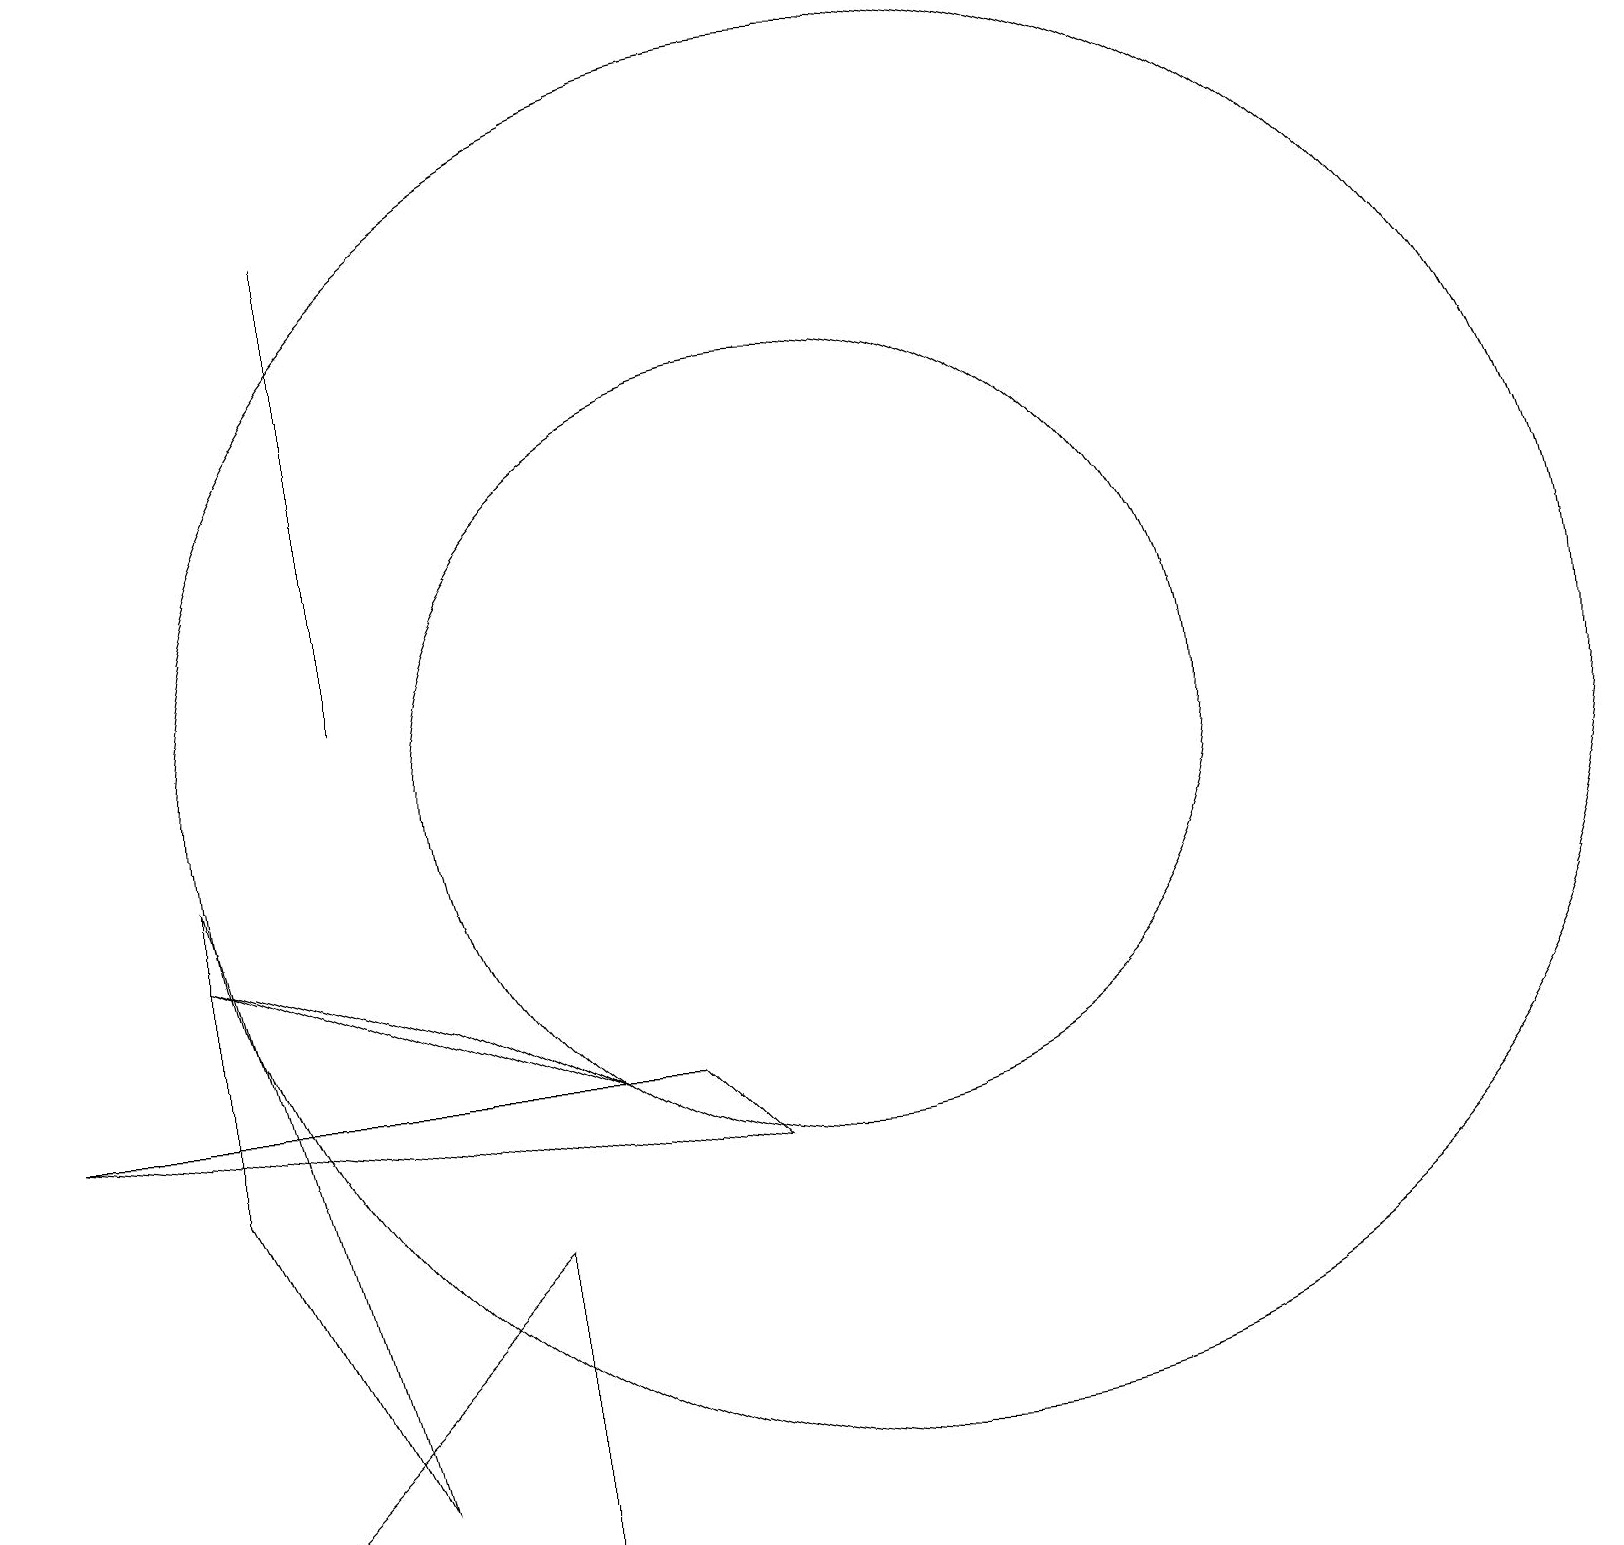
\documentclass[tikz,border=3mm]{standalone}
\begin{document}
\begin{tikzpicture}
\draw (4,17) rectangle (4,15);
\draw (11,10) circle (9);
\draw (4,11) rectangle (4,17);
\draw (10,10) circle (5);
\draw (2,5) -- (4,1) -- (2,9) -- cycle;
\draw (6,4) -- (6,0) -- (2,0) -- cycle;
\draw (5,7) -- (7,6) -- (2,8) -- cycle;
\draw (8,6) -- (9,5) -- (0,6) -- cycle;
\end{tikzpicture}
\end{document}